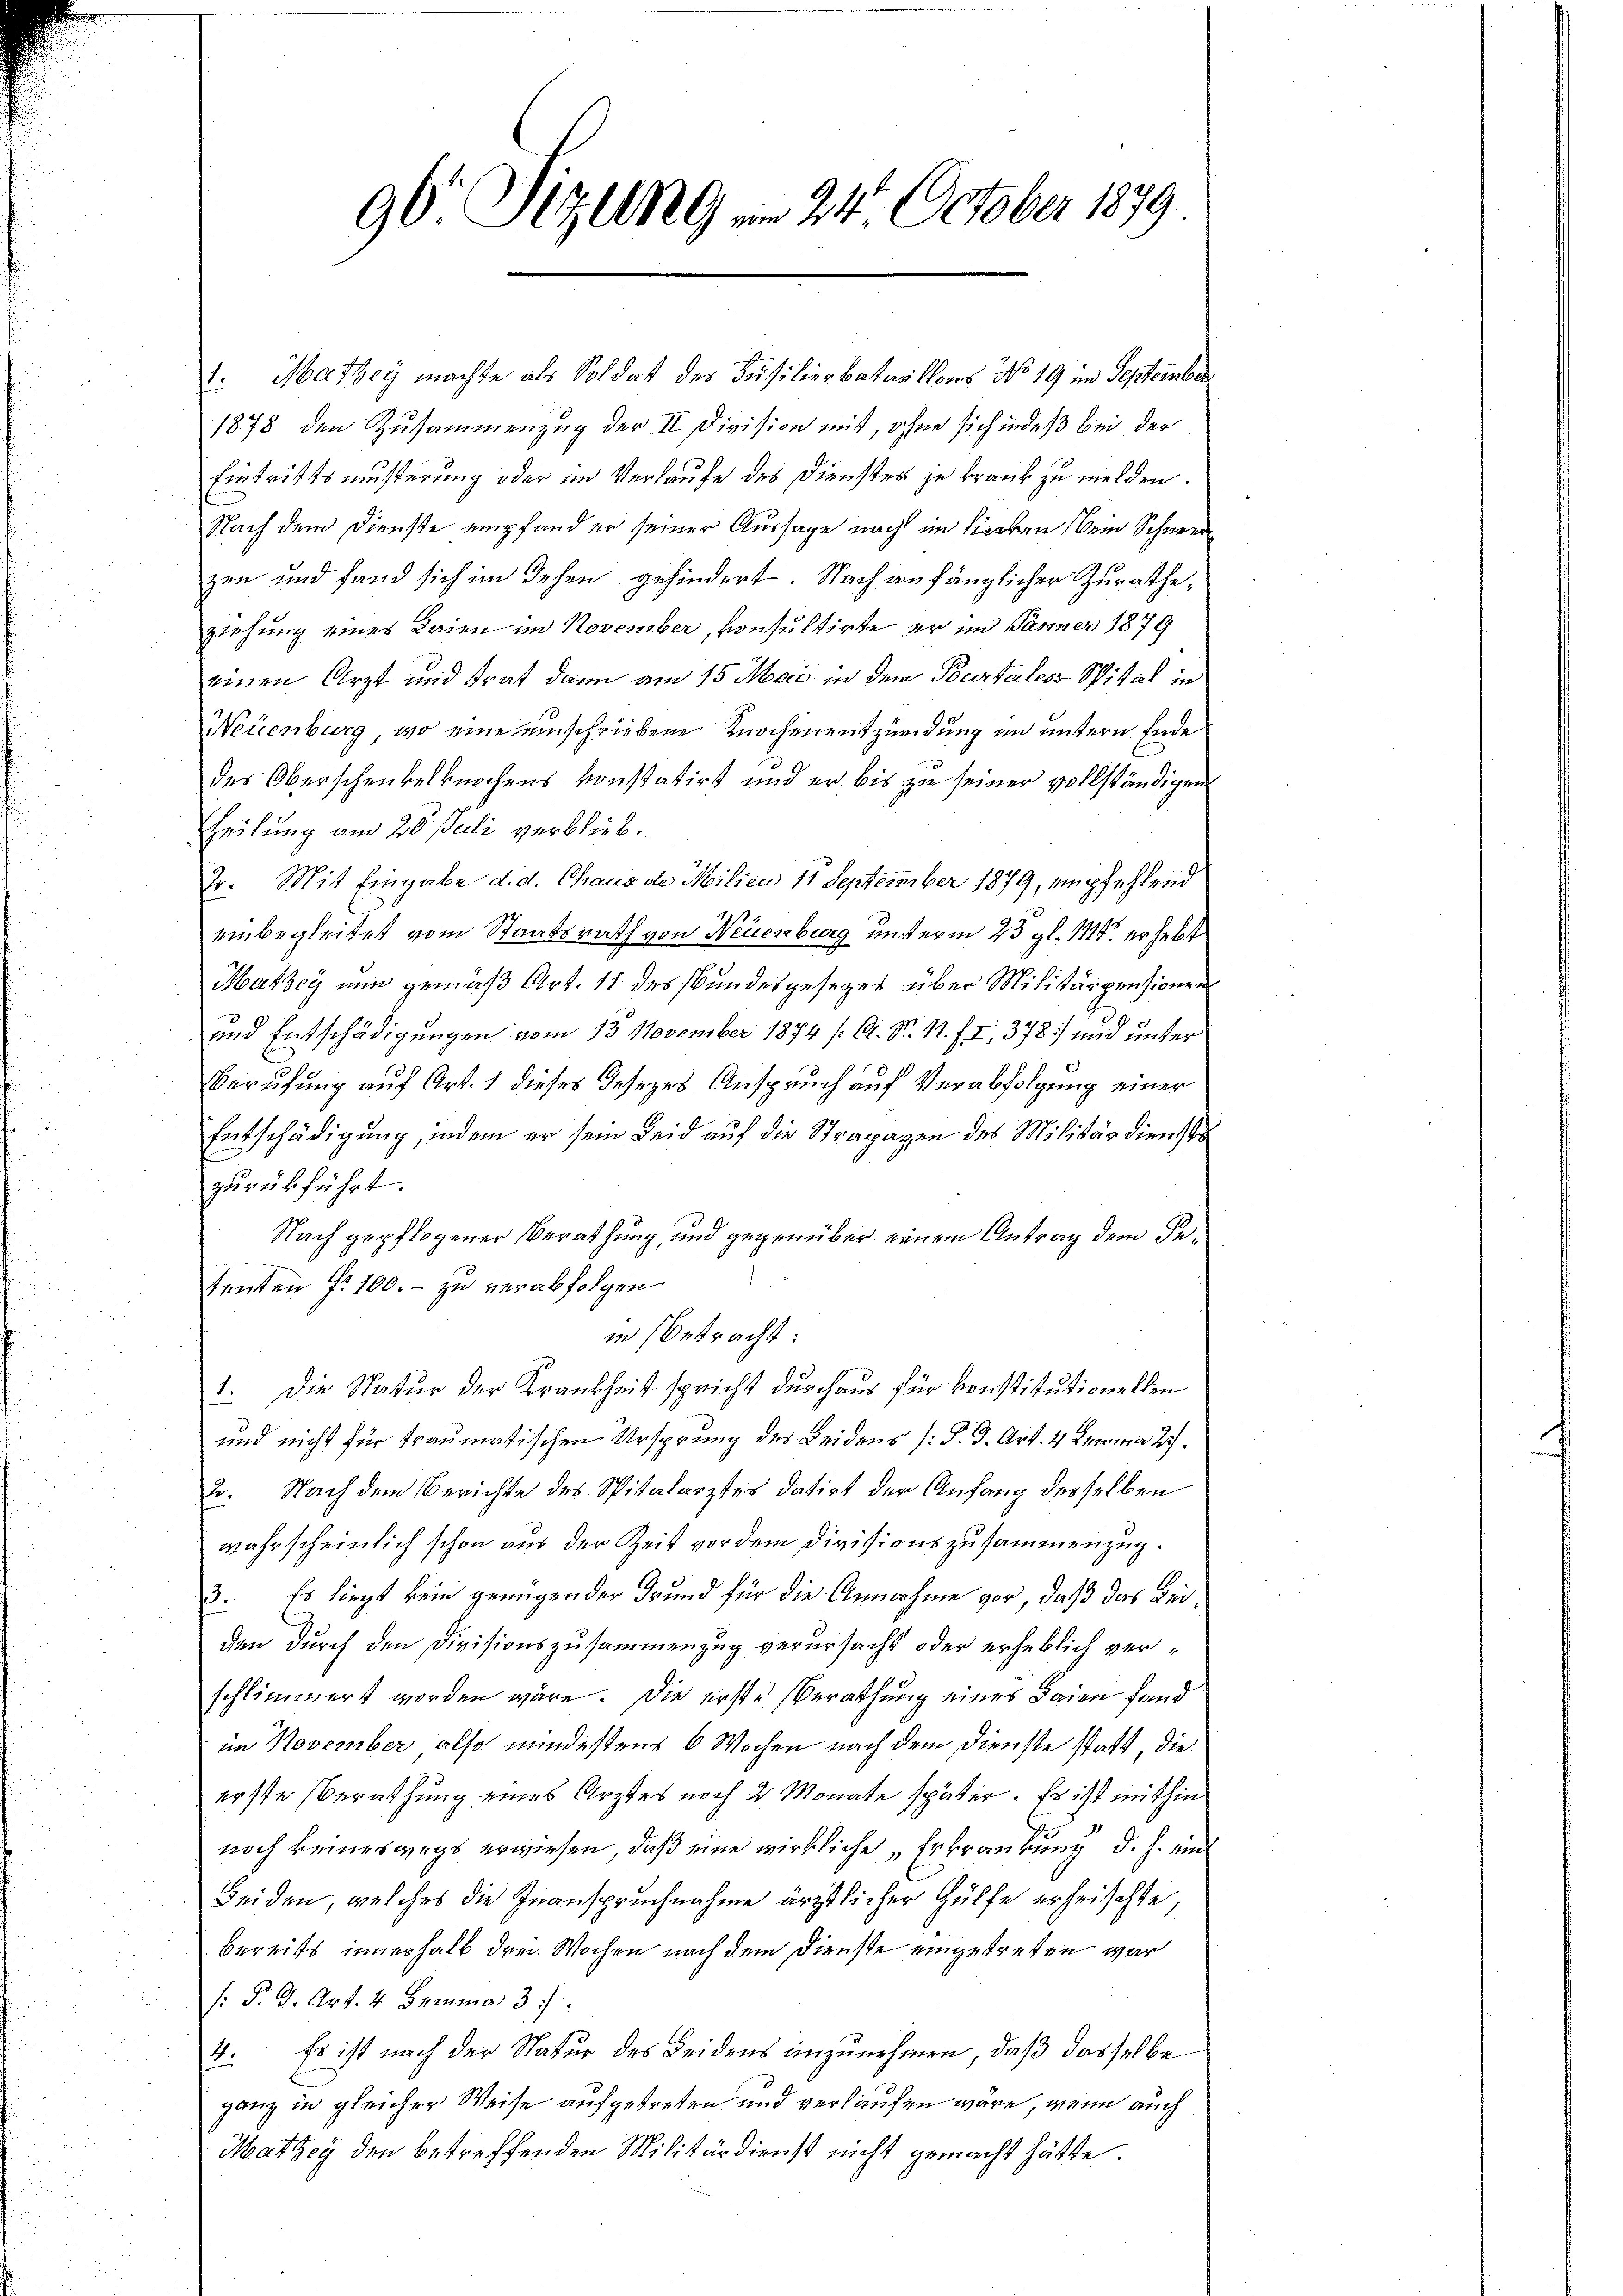
90 Sizung am 24. October 1879

1. Mathey machte als Soldat des Füsilierbataillons No 19 im September
1878 den Zusammenzug der II. Division mit, ohne sich indeß bei der
Eintrittsmusterung oder im Verlaufe des Dienstes je Frank zu melden.
Nach dem Dienste empfand er seiner Aussage nach im hierben kein Schneer
zen und fand sich im Sehen gehindert. Nach anfänglicher Zuratheziehung eines Krien im November, konsultirte er im Jänner 1879
einen Arzt und trat dann am 15. Mai in dem Burtales Spital in
Neuenburg, wo eine einschriebene Knochenentzündung im untern Ende
des Oberschenkelknochens konstatirt und er bis zu seiner vollständigen
heilung am 20. Juli verblieb.
2. Mit Eingabe d. d. Chaus de Milien 11 September 1879, empfehlend
einbegleitet vom Staatsrath von Neuenburg unterm 25 gl. 111 erhebt
Mathey nun gemäß Art. 11 des Bundesgesezes über Militärpensionen
und Entschädigungen vom 13. November 1874 /A. N. 11. f. I, 378. und unter
Berufung auf Art. 1 dieses Jesezes Anspruch auf Verabfolgung einer
Entschädigung, indem er sein Leid auf die Strapazen des Militärdienst
zurückführt.
Nach gepflogener Berathung, und gegenüber einem Antrag dem Petenten §. 100. – zu verabfolgen
in Betracht
1. Die Natur der Krankheit spricht durchaus für konstitutionellen
und nicht für traumatischen Ursprung des Leidens [P. G. Art. 4 Lemma 27.
2. Nach dem Berichte des Spitalarztes datirt der Anfang desselben
wahrscheinlich schon aus der Zeit vor dem Divisionszusammenzug.
3. Es liegt kein genügen der Grund für die Annahme vor, daß das Beiden durch den Divisionszusammenzug verursacht oder erheblich verschlimmert worden wäre. Die erste Berathung eines Baien fand
im November also mindestens 6 Wochen nach dem Dienste statt die
erste Berathung eines Arztes noch 2 Monate später. Es ist mithin
noch keineswegs erwiesen, daß eine wirkliche „Erkrankung d. h. ein
Beiden, welches die Inanspruchnahme ärztlicher Hülfe erheischte,
bereits innerhalb drei Wochen nach dem Dienste eingetreten war
s: P. G. Art. 4 Semina 3.7.
7. Es ist nach der Natur des Leidens anzunehmen, daß dasselbe
ganz in gleicher Weise aufgetreten und verlaufen wäre, wenn auch
Matzey den betreffenden Militärdienst nicht gemacht hätte.